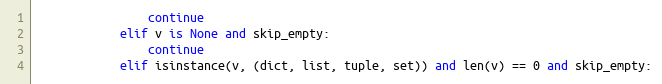
Language: Python
                continue
            elif v is None and skip_empty:
                continue
            elif isinstance(v, (dict, list, tuple, set)) and len(v) == 0 and skip_empty: